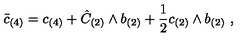
\tilde { c } _ { ( 4 ) } = c _ { ( 4 ) } + \hat { C } _ { ( 2 ) } \wedge b _ { ( 2 ) } + \frac { 1 } { 2 } c _ { ( 2 ) } \wedge b _ { ( 2 ) } \ ,